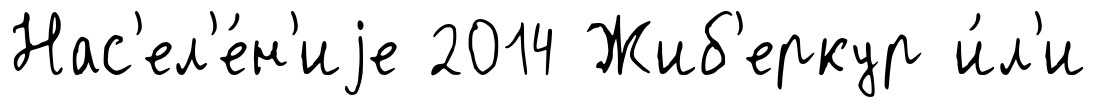
Нас'ел'е́н'иjе 2014 Жиб'еркур и́л'и